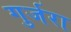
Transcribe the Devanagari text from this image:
गुर्जरा